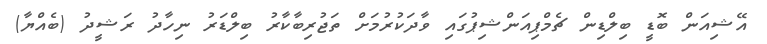
އޭޝިއަން ބޮޑީ ބިލްޑިން ޗެމްޕިއަންޝިޕުގައި ވާދަކުރުމަށް ތަޖުރިބާކާރު ބިލްޑަރު ނިހާދު ރަޝީދު (ބެއްޔާ)